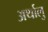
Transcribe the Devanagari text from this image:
अर्थालु